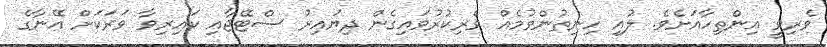
ވެރިވީ އިންތިހާއަށެވެ. ލުއި ހިނިތުންވުމެއް ވެރިކުރުވައިގެން ދިޔައިރު ސްޓޭޖާއި ކައިރިވާ ވަރަކަށް އޭނާގެ